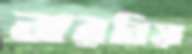
নারনিয়া